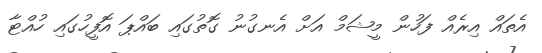
އެތައް އިރެއް ފަހުން މީޝަމް އަށް އެނގުނު ގޮތުގައި ބައްޕަ އޮފީހުގައި ހުއްޓާ